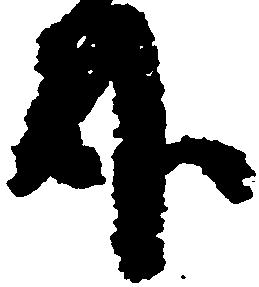
臥